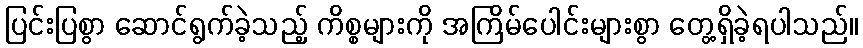
ပြင်းပြစွာ ဆောင်ရွက်ခဲ့သည့် ကိစ္စများကို အကြိမ်ပေါင်းများစွာ တွေ့ရှိခဲ့ရပါသည်။